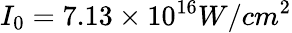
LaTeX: I_{0}=7.13\times 10^{16}W/cm^{2}